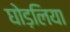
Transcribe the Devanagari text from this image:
घोड़लिया